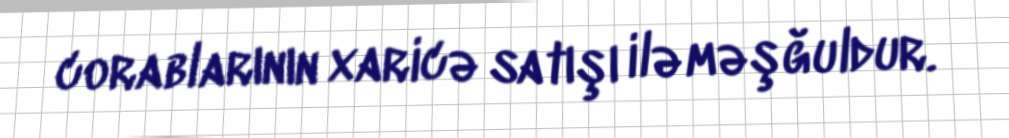
corablarının xaricə satışı ilə məşğuldur.